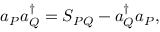
a _ { P } a _ { Q } ^ { \dagger } = S _ { P Q } - a _ { Q } ^ { \dagger } a _ { P } ,